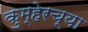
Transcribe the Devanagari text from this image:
कुम्हेरच्या